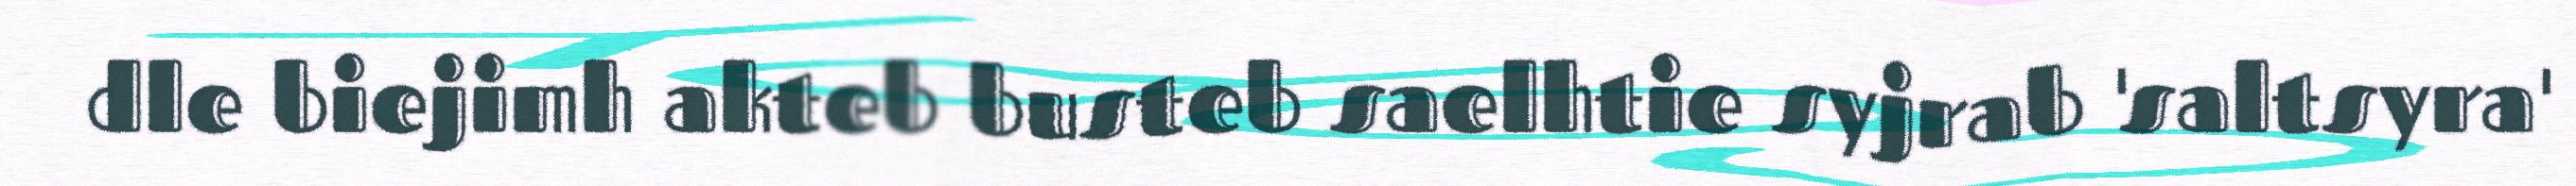
dle biejimh akteb busteb saelhtie syjrab 'saltsyra'